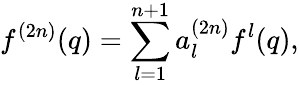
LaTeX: f^{(2n)}(q)=\sum_{l=1}^{n+1}a_{l}^{(2n)}f^{l}(q),